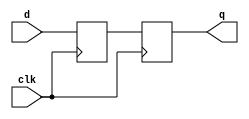
module d_flip_flop (
    input wire d, // input data
    input wire clk, // clock signal
    output reg q // output data
);

reg d_delayed; // delayed input signal

always @(posedge clk) begin
    // Delay the input signal by one clock cycle
    d_delayed <= d;
end

always @(posedge clk) begin
    // Synchronize the input signal with the clock edge
    q <= d_delayed;
end

endmodule